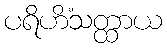
ပရိဟိံသတ္ထာယ